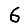
Digit: 6